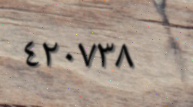
٤٢٠٧٣٨